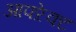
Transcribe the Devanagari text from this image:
आफ्ऱेक्ट